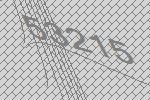
53215